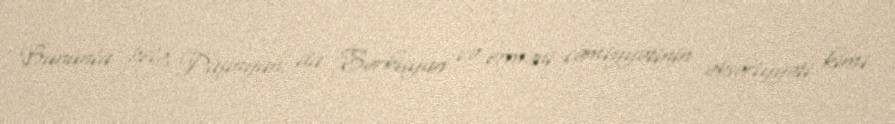
Bununla belə, Paşinyan da Sərkisyan və erməni cəmiyyətinin əksəriyyəti kimi